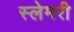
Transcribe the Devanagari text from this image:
स्लेमरी